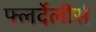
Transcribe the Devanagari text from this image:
फ्लर्देलीसे